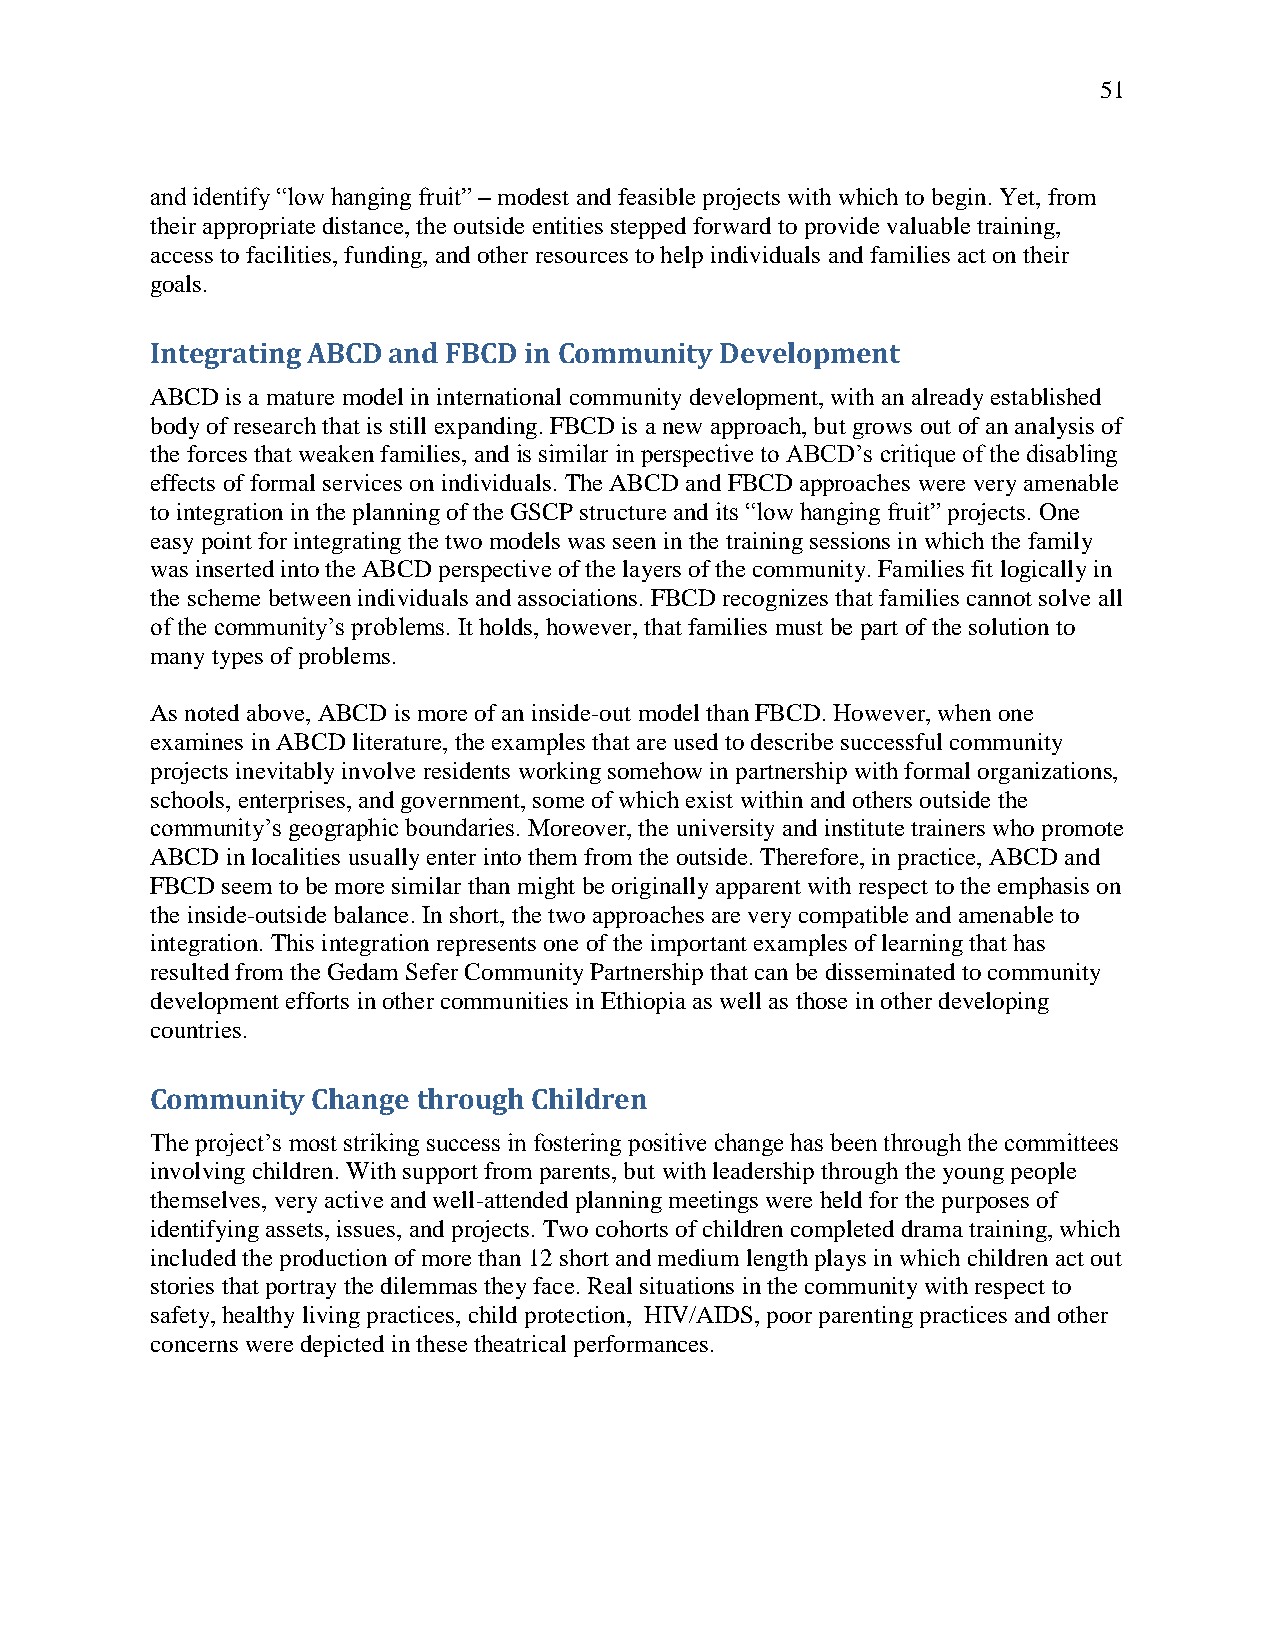
51
 and identify ―low hanging fruit‖ – modest and feasible projects with which to begin. Yet, from
 their appropriate distance, the outside entities stepped forward to provide valuable training,
 access to facilities, funding, and other resources to help individuals and families act on their
 goals.
 Integrating ABCD and FBCD in Community Development
 ABCD is a mature model in international community development, with an already established
 body of research that is still expanding. FBCD is a new approach, but grows out of an analysis of
 the forces that weaken families, and is similar in perspective to ABCD‘s critique of the disabling
 effects of formal services on individuals. The ABCD and FBCD approaches were very amenable
 to integration in the planning of the GSCP structure and its ―low hanging fruit‖ projects. One
 easy point for integrating the two models was seen in the training sessions in which the family
 was inserted into the ABCD perspective of the layers of the community. Families fit logically in
 the scheme between individuals and associations. FBCD recognizes that families cannot solve all
 of the community‘s problems. It holds, however, that families must be part of the solution to
 many types of problems.
 As noted above, ABCD is more of an inside-out model than FBCD. However, when one
 examines in ABCD literature, the examples that are used to describe successful community
 projects inevitably involve residents working somehow in partnership with formal organizations,
 schools, enterprises, and government, some of which exist within and others outside the
 community‘s geographic boundaries. Moreover, the university and institute trainers who promote
 ABCD in localities usually enter into them from the outside. Therefore, in practice, ABCD and
 FBCD seem to be more similar than might be originally apparent with respect to the emphasis on
 the inside-outside balance. In short, the two approaches are very compatible and amenable to
 integration. This integration represents one of the important examples of learning that has
 resulted from the Gedam Sefer Community Partnership that can be disseminated to community
 development efforts in other communities in Ethiopia as well as those in other developing
 countries.
 Community  Change through Children
 The project‘s most striking success in fostering positive change has been through the committees
 involving children. With support from parents, but with leadership through the young people
 themselves, very active and well-attended planning meetings were held for the purposes of
 identifying assets, issues, and projects. Two cohorts of children completed drama training, which
 included the production of more than 12 short and medium length plays in which children act out
 stories that portray the dilemmas they face. Real situations in the community with respect to
 safety, healthy living practices, child protection, HIV/AIDS, poor parenting practices and other
 concerns were depicted in these theatrical performances.